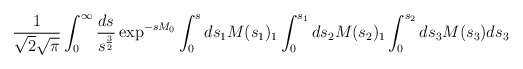
\begin{align*}\frac{1}{\sqrt{2} \sqrt{\pi}} \int_0^{\infty}\frac{ds}{s^{\frac{3}{2}}} \exp^{-sM_0}\int_0^s ds_1 M(s_1)_1\int_0^{s_1}ds_2 M(s_2)_1 \int_0^{s_2}ds_3 M(s_3)ds_3\end{align*}